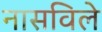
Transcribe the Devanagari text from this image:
नासविले